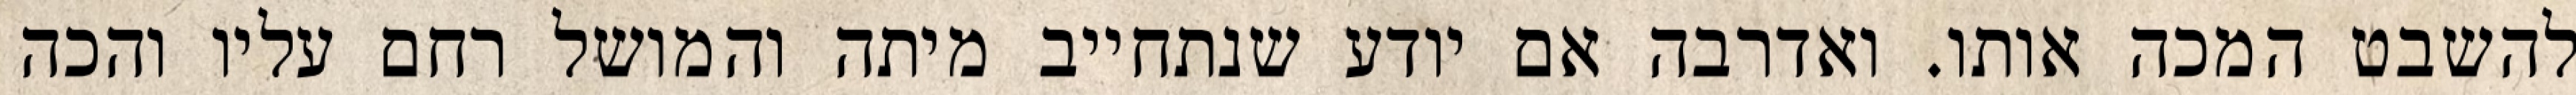
להשבט המכה אותו. ואדרבה אם יודע שנתחייב מיתה והמושל רחם עליו והכה